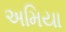
અમિયા